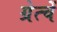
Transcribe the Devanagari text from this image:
ग्रेत्चें